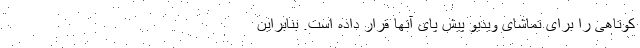
کوتاهی را برای تماشای ویدیو پیش پای آنها قرار داده است. بنابراین